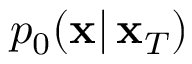
p _ { 0 } ( \mathbf { x } | \, \mathbf { x } _ { T } )